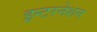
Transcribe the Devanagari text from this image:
इन्टरनेशन